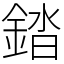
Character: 錔